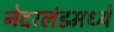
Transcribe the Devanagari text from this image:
नेदरलंडमध्ये